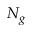
N _ { g }